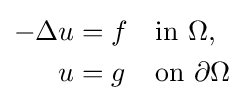
{\begin{alignedat}{2}-\Delta u&=f&\quad &{\text{in }}\Omega ,\\u&=g&&{\text{on }}\partial \Omega \end{alignedat}}